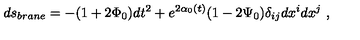
d s _ { b r a n e } = - ( 1 + 2 \Phi _ { 0 } ) d t ^ { 2 } + e ^ { 2 \alpha _ { 0 } ( t ) } ( 1 - 2 \Psi _ { 0 } ) \delta _ { i j } d x ^ { i } d x ^ { j } \ ,